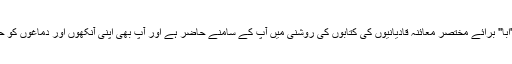
مرزا قادیانی کا ''ابا'' برائے مختصر معائنہ قادیانیوں کی کتابوں کی روشنی میں آپ کے سامنے حاضر ہے اور آپ بھی اپنی آنکھوں اور دماغوں کو حاضر کر لیجئے!